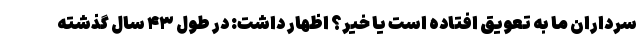
سرداران ما به تعویق افتاده است یا خیر؟ اظهار داشت: در طول ۴۳ سال گذشته